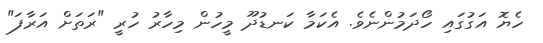
ހެޔޮ އަގުގައި ހޯދަމުންނެވެ. އެކަމާ ކަނޑުދޫ މީހުން މިހާރު ހުރީ "ރަތަށް އަރާފަ"